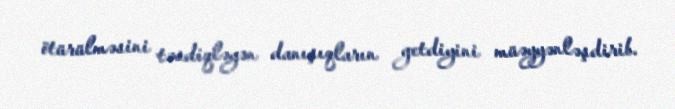
ötürülməsini təsdiqləyən danışıqların getdiyini müəyyənləşdirib.